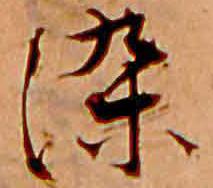
染